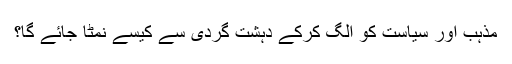
مذہب اور سیاست کو الگ کرکے دہشت گردی سے کیسے نمٹا جائے گا؟